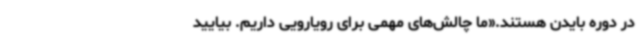
در دوره بایدن هستند.«ما چالش‌های مهمی برای رویارویی داریم. بیایید